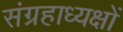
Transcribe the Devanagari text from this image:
संग्रहाध्यक्षों